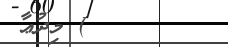
) މިދުޢާ